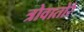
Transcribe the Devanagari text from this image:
त्रोवातोरे